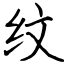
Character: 纹